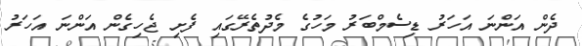
ދެން އަންނަ އަހަރު ޑިސެމްބަރު މަހުގެ މެދުތެރޭގައި ފެށި ޖެހިގެން އަންނަ އަހަރު